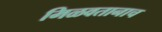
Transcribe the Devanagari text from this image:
मिळवतानाच